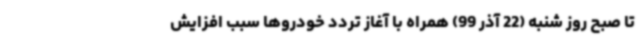
تا صبح روز شنبه (22 آذر 99) همراه با آغاز تردد خودروها سبب افزایش